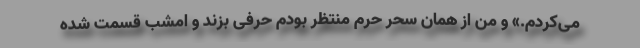
می‌کردم.» و من از همان سحر حرم منتظر بودم حرفی بزند و امشب قسمت شده